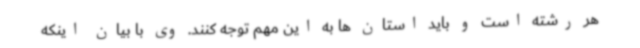
هر رشته است و باید استان ها به این مهم توجه کنند. وی با بیان اینکه